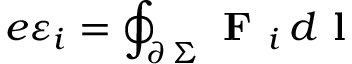
e \varepsilon _ { i } = \oint _ { \scriptstyle \partial \, \Sigma } \textbf { F } _ { i } \, d \textbf { l }